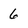
Character: 6